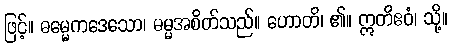
ဖြင့်။ ဓမ္မေကဒေသော၊ ဓမ္မအစိတ်သည်။ ဟောတိ၊ ၏။ ဣတိဧဝံ၊ သို့။